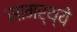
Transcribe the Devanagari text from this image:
सामर्थ्ये